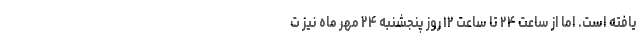
یافته است. اما از ساعت ۲۴ تا ساعت ۱۲ روز پنجشنبه ۲۴ مهر ماه نیز ت